Report on vaccination in Madras 1895-1903 - 1895-1903
Year: 1895
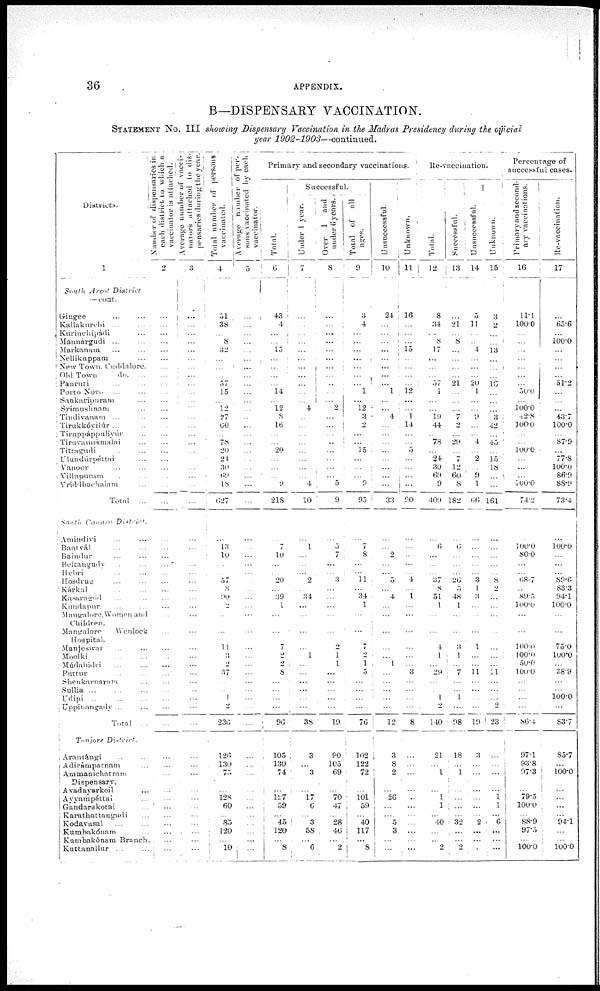
36
APPENDIX.
B—DISPENSARY VACCINATION.
STATEMENT No. III showing Dispensary Vaccination in the Madras Presidency during the official
year
1902-1903—continued.
Districts.
1
South Arcot
District
— cont.
Gingee ... ...
Kallakurchi ... ...
Kurinchipádi ... ...
Mannárgudi ... ...
Markanam ... ...
Nellikuppam ...
New Town. Cuddalore.
Old Town
do. ...
Panruti ... ...
Porto Novo ... ...
Sankaripuram ... ...
Srimushnam ... ...
Tindivanam ... ...
Tirukkóyilúr ... ...
Tiruppáppuliyúr ... ...
Tiruvannámalai ...
Tittagudi
...
...
Ulundúrpéttai ... ...
Vanoor ... ...
Villupuram ... ...
Vriddhachalam ... ...
Total ...
South Canara
District.
Amindivi ... ...
Bantvál ... ...
Baindur ... ...
Beltangudy ... ...
Hebri ... ...
Hosdrug ... ...
Kárkal ... ...
Kasaragod ... ...
Kundapur ... ...
Mangalore.Women and
Children.
Mangalore
Wenlock
Hospital.
Manjeswar ... ...
Moolki
...
...
Múdabidri ... ...
Puttur ... ...
Shenkarnaram ...
Sullia ... ... ...
Udipi ... ... ...
Uppinangady ... ...
Total
...
Tenjore
District.
Arantángi ... ...
Adirámpatnam ...
Ammanichatram
Dispensary.
Avadayarkoil ...
Ayyampéttai ...
Gandarakotai ...
Karathattangudi ...
Kodavasal ... ...
Kumbakónam ...
Kumbakónam Branch.
Kuttanallur ... ...
Number of dispensaries in
each district to which a
vaccinator is attached.
2
...
...
...
...
...
...
...
...
...
...
...
...
...
...
...
...
...
...
...
...
...
...
...
...
...
...
...
...
...
...
...
...
...
...
...
...
...
...
...
...
...
...
...
...
...
...
...
...
...
...
...
...
...
Average number of vacci-
nators attached to dis-
pensaries during the year.
3
...
...
...
...
...
...
...
...
...
...
...
...
...
...
...
...
...
...
...
...
...
...
...
...
...
...
...
...
...
...
...
...
...
...
...
...
...
...
...
...
...
...
...
...
...
...
...
...
...
...
...
...
...
Total number of persons
vaccinated.
4
51
38
...
8
32
...
...
...
57
15
...
12
27
60
...
78
20
21
30
69
18
627
...
13
10
...
...
57
8
90
2
...
...
11
3
2
37
...
...
1
2
236
126
130
75
...
128
60
...
85
120
...
10
Average number of per-
sons vaccinated by each
vaccinator.
5
...
...
...
...
...
...
...
...
...
...
...
...
...
...
...
...
...
...
...
...
...
...
...
...
...
...
...
...
...
...
...
...
...
...
...
...
...
...
...
...
...
...
...
...
...
...
...
...
...
...
...
...
...
Primary and secondary vaccinations.
Total.
6
43
4
...
...
15
...
...
...
...
14
...
12
8
16
...
...
20
...
...
...
9
218
...
7
10
...
...
20
...
39
1
...
...
7
2
2
8
...
...
...
...
96
105
130
74
...
128
59
...
45
120
...
8
Successful.
Under 1 year.
7
...
...
...
...
...
...
...
...
...
...
...
4
...
...
...
...
...
...
...
...
4
10
...
1
...
...
...
2
...
34
...
...
...
...
1
...
...
...
...
...
...
38
3
...
3
...
17
6
...
3
58
...
6
Over 1
and
under 6 years.
8
...
...
...
...
...
...
...
...
...
...
...
2
...
...
...
..
...
...
...
...
5
9
...
5
7
...
...
3
...
...
...
...
...
2
1
1
...
...
...
...
...
19
80
105
69
...
70
47
...
28
46
...
2
Total of
all
ages.
9
3
4
...
...
...
...
...
...
...
1
...
12
3
2
...
...
15
...
...
...
9
95
...
7
8
...
...
11
...
34
1
...
...
7
2
1
5
...
...
...
...
76
102
122
72
...
101
59
...
40
117
...
8
Unsuccessful.
10
24
...
...
...
...
...
...
...
...
1
...
...
4
...
...
...
...
...
...
...
...
33
...
...
2
...
...
5
...
4
...
...
...
...
...
1
...
...
...
...
...
12
3
8
2
...
26
...
...
5
3
...
...
Unknown.
11
16
...
...
...
15
...
...
...
...
12
...
...
1
14
...
...
5
...
...
...
...
90
...
...
...
...
...
4
...
1
...
...
...
...
...
...
3
...
...
...
...
8
...
...
...
...
...
...
...
...
...
...
...
Re-vaccination.
Total.
12
8
34
...
8
17
...
...
...
57
1
...
...
19
44
...
78
...
24
30
69
9
409
...
6
...
...
...
37
8
51
1
...
...
4
1
...
29
...
...
1
2
140
21
...
1
...
1
1
...
40
...
...
2
Successful.
13
...
21
...
8
...
...
...
...
21
...
...
...
7
2
...
29
...
7
12
60
8
182
...
6
...
...
...
26
5
48
1
...
...
3
1
1
7
...
...
1
...
98
18
...
1
...
...
...
...
32
...
...
2
Unsuccessful.
14
5
11
...
...
4
...
...
...
20
1
...
...
9
...
...
4
...
2
...
9
1
66
...
...
...
...
...
3
1
3
...
...
...
1
...
...
11
...
...
...
...
19
3
...
...
...
...
...
...
2
...
...
...
Unknown.
15
3
2
...
...
13
...
...
...
10
...
...
...
3
42
...
45
...
15
18
...
...
161
...
...
...
...
...
8
2
...
...
...
...
...
...
...
11
...
...
...
2
23
...
...
...
...
1 ...
...
6
...
...
...
Percentage of
successful cases.
Primary and second-
ary vaccinations.
16
11.1
100.0
...
...
...
...
...
...
...
50.0
...
100.0 42.8
100.0
...
...
100.0
...
...
...
100.0
74.2
...
100.0
80.0
...
...
68.7
...
89.5
100.0
...
...
100.0
100.0
50.0
100.0
...
...
...
...
86.4
97.1
93.8
97.3
...
79.5
100.0
...
88.9
97.5
...
100.0
Re-vaccination.
17
...
65.6
...
100.0
...
...
...
...
51.2
...
...
...
43.7
100.0
...
87.9
...
77.8
100.0
86.9
88.9
73.4
...
100.0
...
...
...
89.6
83.3
94.1
100.0
...
...
75.0
100.0
...
38.9
...
...
100.0
...
83.7
85.7
...
100.0
...
...
...
...
94.1
...
...
100.0